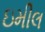
ઇમીલ